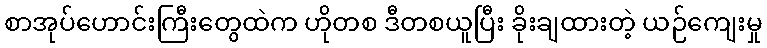
စာအုပ်ဟောင်းကြီးတွေထဲက ဟိုတစ ဒီတစယူပြီး ခိုးချထားတဲ့ ယဉ်ကျေးမှု